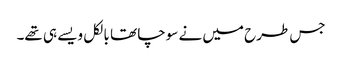
جس طرح میں نے سوچا تھا بالکل ویسے ہی تھے۔